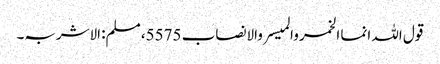
قول اللہ انما الخمر والمیسر والانصاب 5575، مسلم: الاشربہ۔